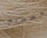
مصطلح